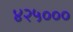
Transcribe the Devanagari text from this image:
४२५०००